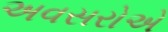
અવસરોએ